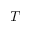
T